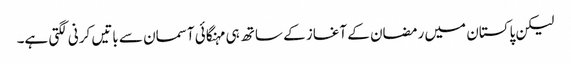
لیکن پاکستان میں رمضان کے آغاز کے ساتھ ہی مہنگائی آسمان سے باتیں کرنی لگتی ہے۔